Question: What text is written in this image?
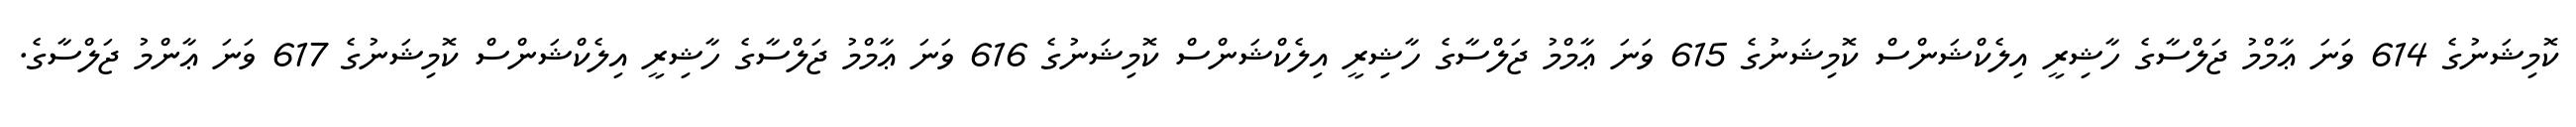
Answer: ކޮމިޝަނުގެ 614 ވަނަ ޢާމްމު ޖަލްސާގެ ހާޝިރީ އިލެކްޝަންސް ކޮމިޝަނުގެ 615 ވަނަ ޢާމްމު ޖަލްސާގެ ހާޝިރީ އިލެކްޝަންސް ކޮމިޝަނުގެ 616 ވަނަ ޢާމްމު ޖަލްސާގެ ހާޝިރީ އިލެކްޝަންސް ކޮމިޝަނުގެ 617 ވަނަ ޢާންމު ޖަލްސާގެ.